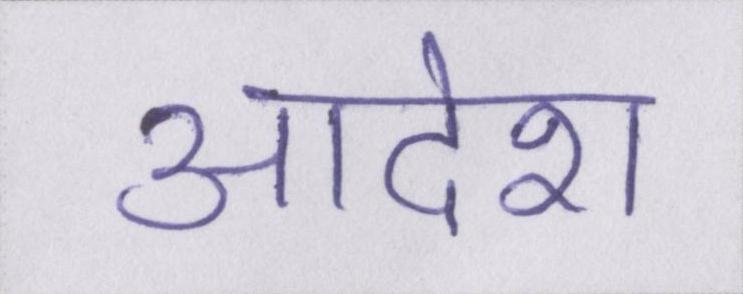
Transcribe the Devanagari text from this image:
आदेश